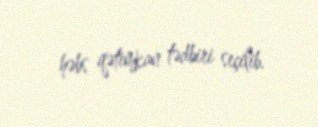
həbs qətimkan tədbiri seçilib.